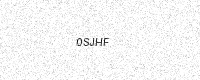
Text: 0SJHF